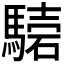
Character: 𩥟